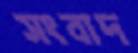
সংবাদ